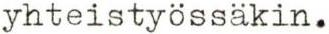
yhteistyössäkin.